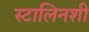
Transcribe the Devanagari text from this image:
स्टालिनशी